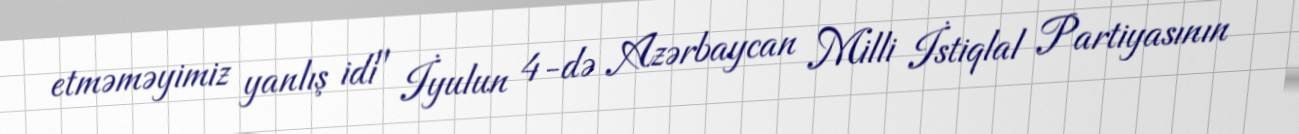
etməməyimiz yanlış idi" İyulun 4-də Azərbaycan Milli İstiqlal Partiyasının